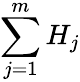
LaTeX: \sum_{j=1}^{m}H_{j}